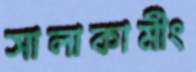
সালাকামীং